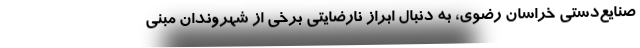
صنایع‌دستی خراسان رضوی، به دنبال ابراز نارضایتی برخی از شهروندان مبنی